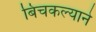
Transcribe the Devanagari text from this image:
बिचकल्याने